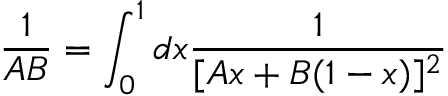
\frac { 1 } { A B } = \int _ { 0 } ^ { 1 } d x \frac { 1 } { [ A x + B ( 1 - x ) ] ^ { 2 } }